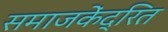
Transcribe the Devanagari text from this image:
समाजकेंद्रित